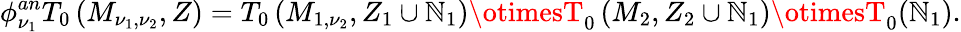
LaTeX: \phi_{\nu_{1}}^{an}T_{0}\left(M_{\nu_{1},\nu_{2}},Z\right)=T_{0}\left(M_{1,\nu_{2}},Z_{1}\cup\mathbb{N}_{1}\right)\otimesT_{0}\left(M_{2},Z_{2}\cup\mathbb{N}_{1}\right)\otimesT_{0}(\mathbb{N}_{1}).